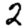
Digit: 2